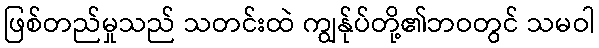
ဖြစ်တည်မှုသည် သတင်းထဲ ကျွန်ုပ်တို့၏ဘဝတွင် သမဝါ